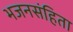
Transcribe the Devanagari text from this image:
भजनसंहिता